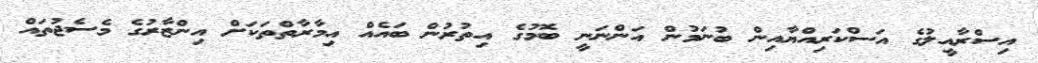
އިސްރާއީލުގެ އަސްކަރިއްޔާއިން ބުނަމުން އަންނަނީ ބޮމުގެ އިތުރުން ބައެއް އިމާރާތްތަކަށް އިންޒާރުގެ މެސެޖުތައް